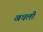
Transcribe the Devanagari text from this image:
खचली